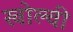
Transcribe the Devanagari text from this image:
खोल्वी